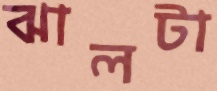
ঝালটা